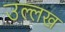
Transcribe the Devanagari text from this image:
उल्लख